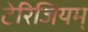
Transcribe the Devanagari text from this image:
टेरिजियम्